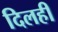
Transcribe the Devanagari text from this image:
दिलही